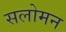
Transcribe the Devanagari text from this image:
सलोमन